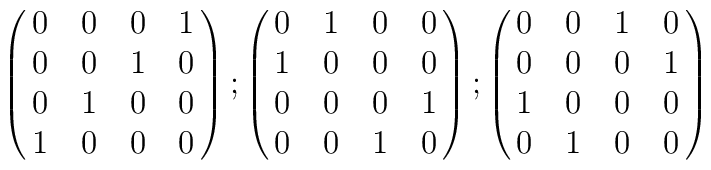
\pmatrix{0&0&0&1 \cr 0&0&1&0 \cr 0&1&0&0 \cr 1&0&0&0 \cr} ;\pmatrix{0&1&0&0 \cr 1&0&0&0 \cr 0&0&0&1 \cr 0&0&1&0 \cr} ;\pmatrix{0&0&1&0 \cr 0&0&0&1 \cr 1&0&0&0 \cr 0&1&0&0 \cr}